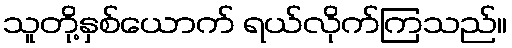
သူတို့နှစ်ယောက် ရယ်လိုက်ကြသည်။